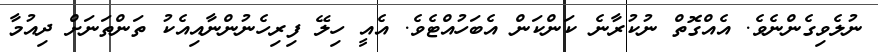
ނުލެވިގެންނެވެ. އެއްގޮތް ނުކުރާނެ ކަންކަން އެބަހުއްޓެވެ. އެއީ ހިލޭ ފިރިހެނުންނާއިއެކު ތަންތަނަށް ދިއުމާ